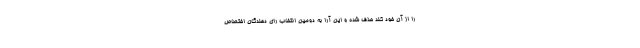
را از آن خود کند حذف شده و این آرا به دومین انتخاب رای دهندگان اختصاص